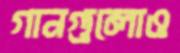
গানগুলোও